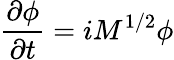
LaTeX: \frac{\partial\phi}{\partial t}=iM^{1/2}\phi